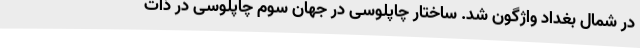
در شمال بغداد واژگون شد. ساختارِ چاپلوسی در جهانِ سوم چاپلوسی در ذاتِ